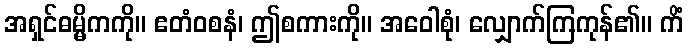
အရှင်ဓမ္မိကကို။ ဧတံဝစနံ၊ ဤစကားကို။ အဝေါစုံ၊ လျှောက်ကြကုန်၏။ ကိံ